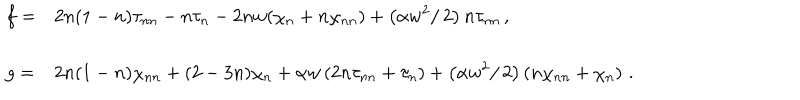
\begin{array} { l l } { { \displaystyle { f = } } } & { { \displaystyle { 2 n ( 1 - n ) \tau _ { n n } - n \tau _ { n } - 2 n w ( \chi _ { n } + n \chi _ { n n } ) + \left( \alpha w ^ { 2 } / \, 2 \right) n \tau _ { n n } \, , } } } \\ { { \mathrm { } } } \\ { { \displaystyle { g = } } } & { { \displaystyle { 2 n ( 1 - n ) \chi _ { n n } + ( 2 - 3 n ) \chi _ { n } + \alpha w \left( 2 n \tau _ { n n } + \tau _ { n } \right) + \left( \alpha w ^ { 2 } / \, 2 \right) \left( n \chi _ { n n } + \chi _ { n } \right) \, . } } } \\ \end{array}